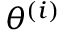
{ \theta } ^ { \left( i \right) }